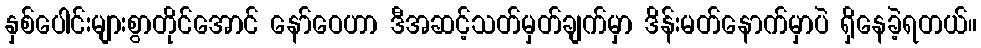
နှစ်ပေါင်းများစွာတိုင်အောင် နော်ဝေဟာ ဒီအဆင့်သတ်မှတ်ချက်မှာ ဒိန်းမတ်နောက်မှာပဲ ရှိနေခဲ့ရတယ်။